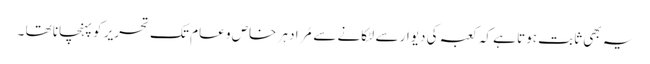
یہ بھی ثابت ہوتا ہے کہ کعبہ کی دیوار سے لٹکانے سے مُراد ہر خاص و عام تک تحریر کو پہنچانا تھا ۔